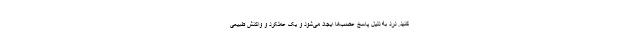
کنید. درد به دلیل پاسخ عصب‌ها ایجاد می‌شود و یک عملکرد و واکنش طبیعی